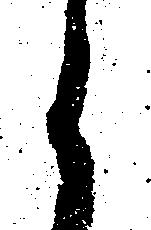
候